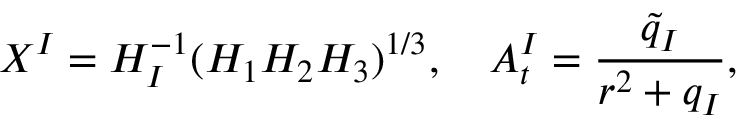
X ^ { I } = H _ { I } ^ { - 1 } ( H _ { 1 } H _ { 2 } H _ { 3 } ) ^ { 1 / 3 } , \quad A _ { t } ^ { I } = \frac { \tilde { q } _ { I } } { r ^ { 2 } + q _ { I } } ,